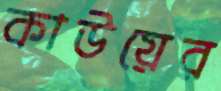
কাউয়ের